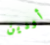
أودين